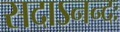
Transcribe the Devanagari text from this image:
सदाऽनन्दः